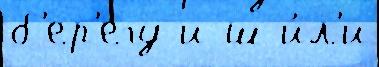
б'ер'егу и ш и́л'и